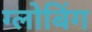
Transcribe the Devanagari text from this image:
ग्लोबिंग